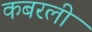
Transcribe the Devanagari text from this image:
कबरली